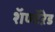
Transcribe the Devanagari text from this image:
शॅण्टॅऱेड